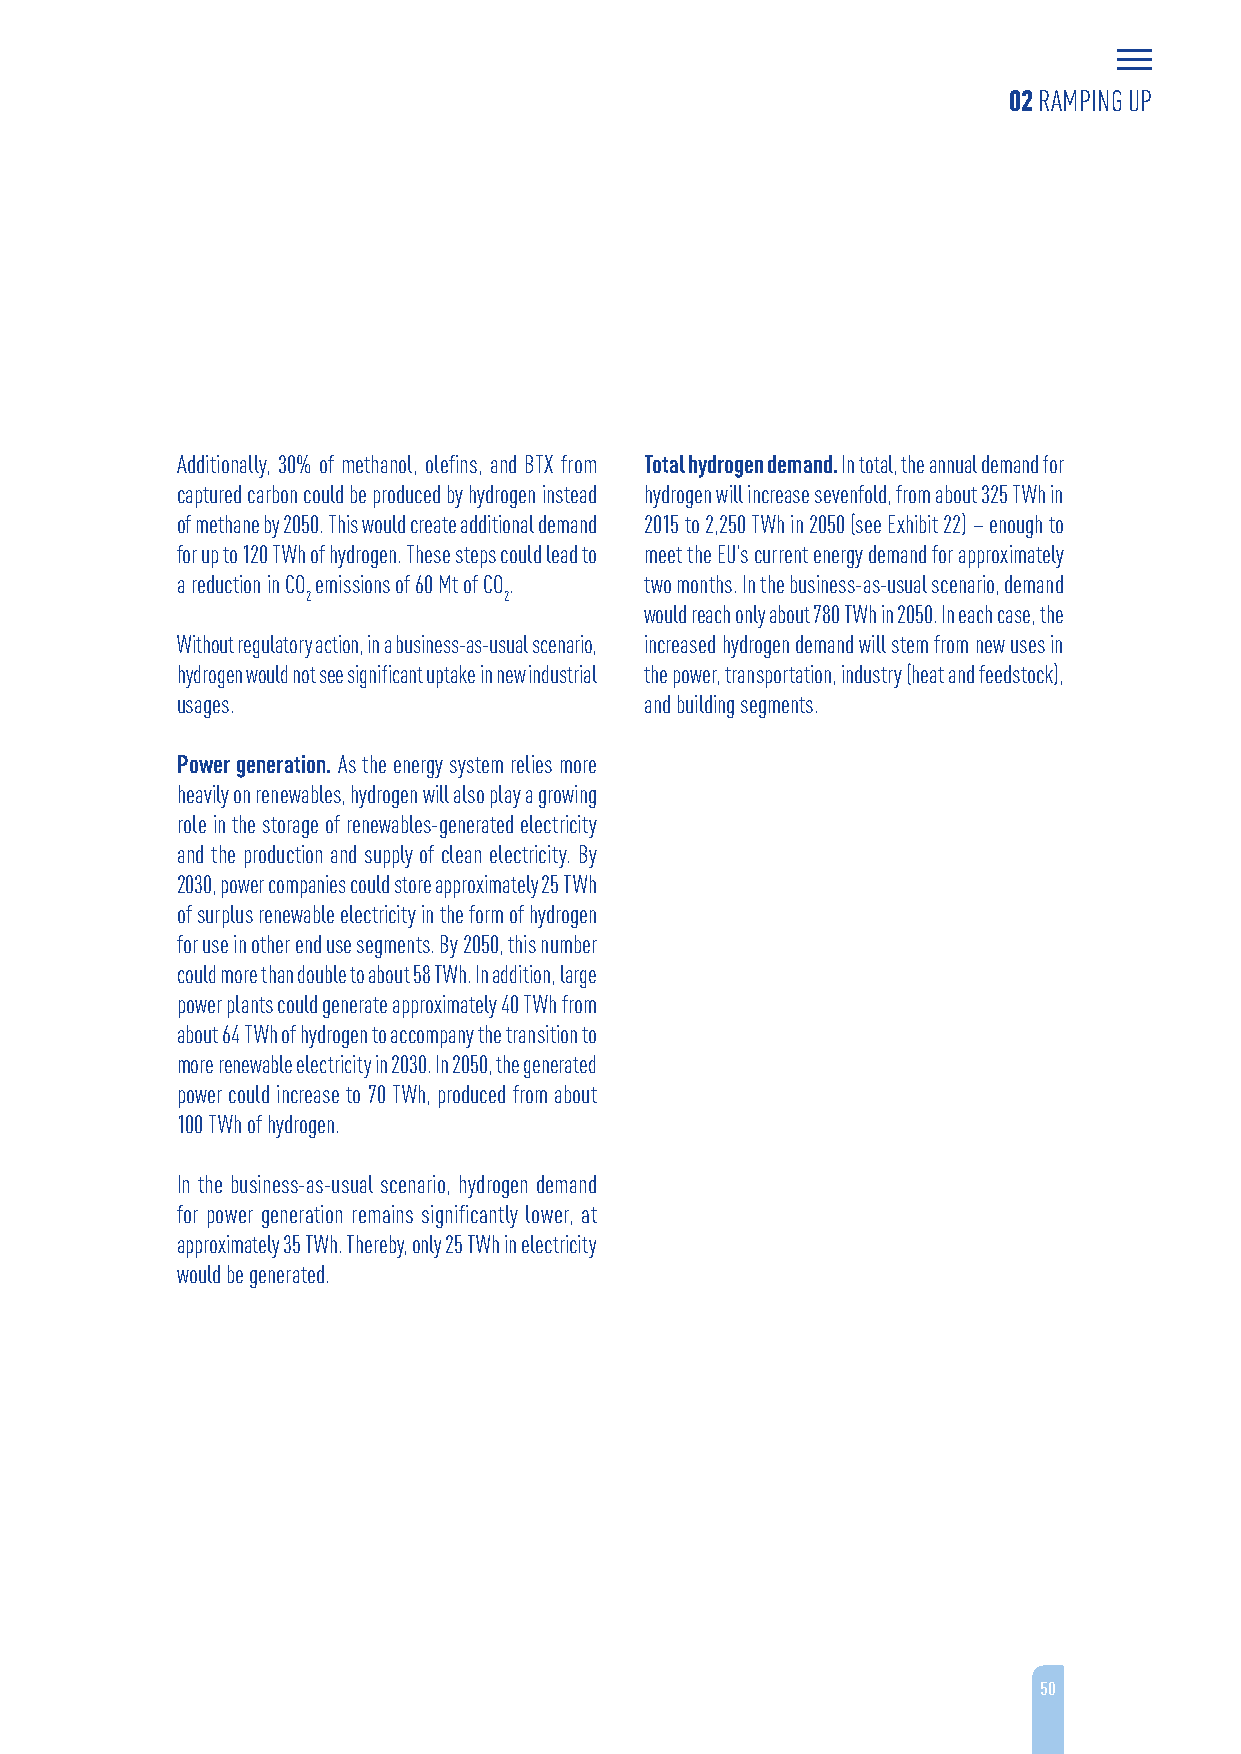
02 RAMPING UP
 Additionally, 30% of methanol, olefins, and BTX from Total hydrogen demand. In total, the annual demand for
 captured carbon could be produced by hydrogen instead hydrogen will increase sevenfold, from about 325 TWh in
 of methane by 2050. This would create additional demand 2015 to 2,250 TWh in 2050 (see Exhibit 22) – enough to
 for up to 120 TWh of hydrogen. These steps could lead to meet the EU’s current energy demand for approximately
 a reduction in CO emissions of 60 Mt of CO. two months. In the business-as-usual scenario, demand
 2            2
 would reach only about 780 TWh in 2050. In each case, the
 Without regulatory action, in a business-as-usual scenario, increased hydrogen demand will stem from new uses in
 hydrogen would not see significant uptake in new industrial the power, transportation, industry (heat and feedstock),
 usages.                        and building segments.
 Power generation. As the energy system relies more
 heavily on renewables, hydrogen will also play a growing
 role in the storage of renewables-generated electricity
 and the production and supply of clean electricity. By
 2030, power companies could store approximately 25 TWh
 of surplus renewable electricity in the form of hydrogen
 for use in other end use segments. By 2050, this number
 could more than double to about 58 TWh. In addition, large
 power plants could generate approximately 40 TWh from
 about 64 TWh of hydrogen to accompany the transition to
 more renewable electricity in 2030. In 2050, the generated
 power could increase to 70 TWh, produced from about
 100 TWh of hydrogen.
 In the business-as-usual scenario, hydrogen demand
 for power generation remains significantly lower, at
 approximately 35 TWh. Thereby, only 25 TWh in electricity
 would be generated.
 50